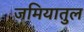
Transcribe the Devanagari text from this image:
जमियातुल